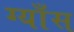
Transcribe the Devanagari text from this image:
ग्याँस